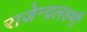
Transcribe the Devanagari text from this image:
राजेन्द्रलक्ष्मी